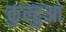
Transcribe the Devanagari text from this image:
कुल्हुआ